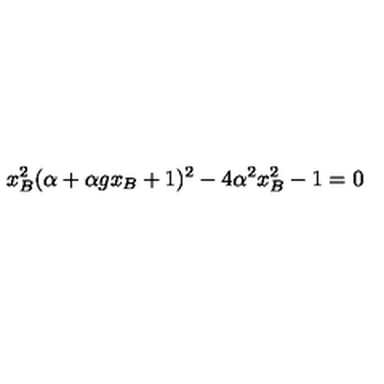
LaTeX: x _ { B } ^ { 2 } ( \alpha + \alpha g x _ { B } + 1 ) ^ { 2 } - 4 \alpha ^ { 2 } x _ { B } ^ { 2 } - 1 = 0